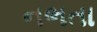
નભતા